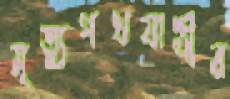
মৃত্যুপথযাত্রীর